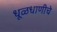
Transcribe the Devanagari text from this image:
धूळधाणीचे